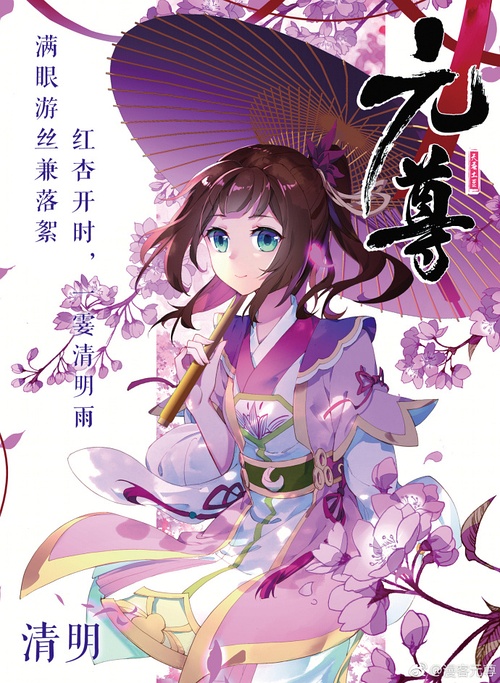
满眼游丝兼落絮，红杏开时，一霎清明雨。